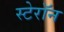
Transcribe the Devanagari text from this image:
स्टेरॉन